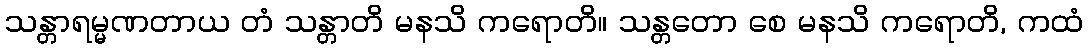
သန္တာရမ္မဏတာယ တံ သန္တာတိ မနသိ ကရောတိ။ သန္တတော စေ မနသိ ကရောတိ, ကထံ